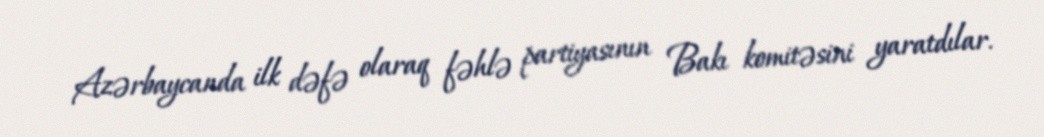
Azərbaycanda ilk dəfə olaraq fəhlə partiyasının Bakı komitəsini yaratdılar.